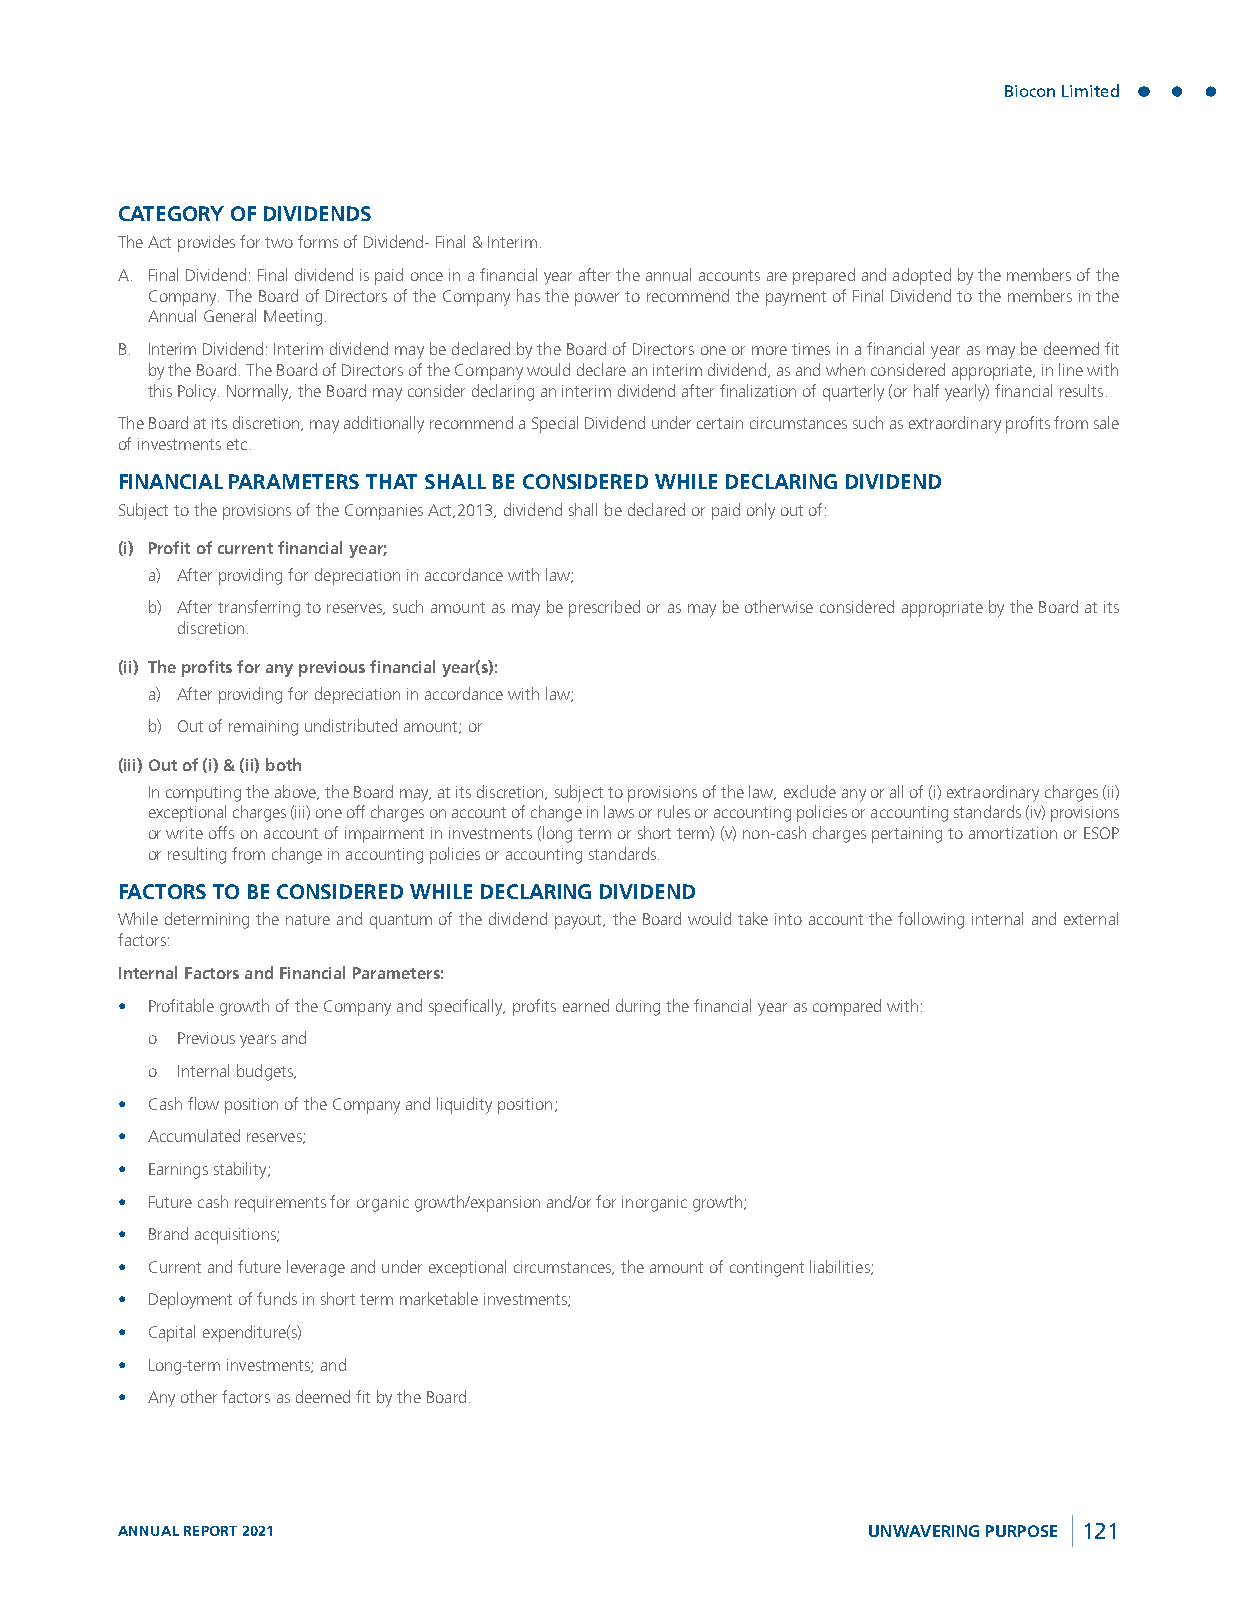
Biocon Limited
 CATEGORY OF DIVIDENDS
 The Act provides for two forms of Dividend- Final & Interim.
 A. Final Dividend: Final dividend is paid once in a financial year after the annual accounts are prepared and adopted by the members of the
 Company. The Board of Directors of the Company has the power to recommend the payment of Final Dividend to the members in the
 Annual General Meeting.
 B. Interim Dividend: Interim dividend may be declared by the Board of Directors one or more times in a financial year as may be deemed fit
 by the Board. The Board of Directors of the Company would declare an interim dividend, as and when considered appropriate, in line with
 this Policy. Normally, the Board may consider declaring an interim dividend after finalization of quarterly (or half yearly) financial results.
 The Board at its discretion, may additionally recommend a Special Dividend under certain circumstances such as extraordinary profits from sale
 of investments etc.
 FINANCIAL PARAMETERS THAT SHALL BE CONSIDERED WHILE DECLARING DIVIDEND
 Subject to the provisions of the Companies Act,2013, dividend shall be declared or paid only out of:
 (i) Profit of current financial year;
 a) After providing for depreciation in accordance with law;
 b) After transferring to reserves, such amount as may be prescribed or as may be otherwise considered appropriate by the Board at its
 discretion.
 (ii) The profits for any previous financial year(s):
 a) After providing for depreciation in accordance with law;
 b) Out of remaining undistributed amount; or
 (iii) Out of (i) & (ii) both
 In computing the above, the Board may, at its discretion, subject to provisions of the law, exclude any or all of (i) extraordinary charges (ii)
 exceptional charges (iii) one off charges on account of change in laws or rules or accounting policies or accounting standards (iv) provisions
 or write offs on account of impairment in investments (long term or short term) (v) non-cash charges pertaining to amortization or ESOP
 or resulting from change in accounting policies or accounting standards.
 FACTORS TO BE CONSIDERED WHILE DECLARING DIVIDEND
 While determining the nature and quantum of the dividend payout, the Board would take into account the following internal and external
 factors:
 Internal Factors and Financial Parameters:
 • Profitable growth of the Company and specifically, profits earned during the financial year as compared with:
 o Previous years and
 o Internal budgets,
 • Cash flow position of the Company and liquidity position;
 • Accumulated reserves;
 • Earnings stability;
 • Future cash requirements for organic growth/expansion and/or for inorganic growth;
 • Brand acquisitions;
 • Current and future leverage and under exceptional circumstances, the amount of contingent liabilities;
 • Deployment of funds in short term marketable investments;
 • Capital expenditure(s)
 • Long-term investments; and
 • Any other factors as deemed fit by the Board.
 ANNUAL REPORT 2021                               UNWAVERING PURPOSE 121